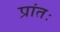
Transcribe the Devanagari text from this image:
प्रांतः